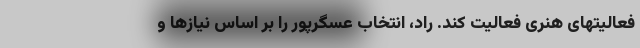
فعالیتهای هنری فعالیت کند. راد، انتخاب عسگرپور را بر اساس نیازها و